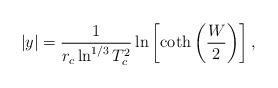
LaTeX: \begin{align*}|y|=\frac{1}{r_c\ln^{1/3}T_c^2}\ln\left[\coth\left(\frac{W}{2}\right)\right] ,\end{align*}